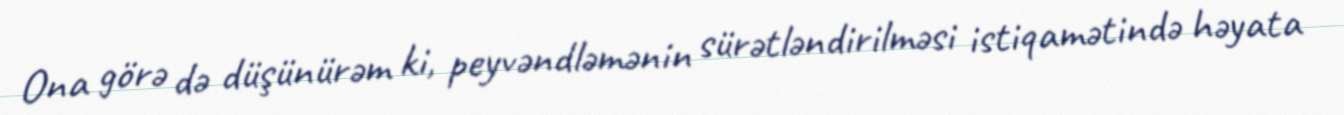
Ona görə də düşünürəm ki, peyvəndləmənin sürətləndirilməsi istiqamətində həyata